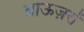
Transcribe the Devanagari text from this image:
ब्राऊज़रों